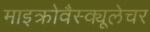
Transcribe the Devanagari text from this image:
माइक्रोवैस्क्यूलेचर